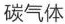
碳气体